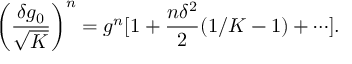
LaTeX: \left( \frac { \delta g _ { 0 } } { \sqrt { K } } \right) ^ { n } = g ^ { n } [ 1 + \frac { n \delta ^ { 2 } } { 2 } ( 1 / K - 1 ) + \cdots ] .